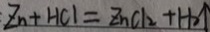
Z n + H C l = Z n C l _ { 2 } + H _ { 2 } \uparrow